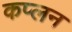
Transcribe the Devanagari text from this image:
कप्लन